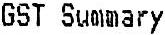
GST SUMMARY